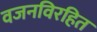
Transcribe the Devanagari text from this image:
वजनविरहित